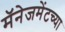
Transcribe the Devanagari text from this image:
मॅनेजमेंटच्या